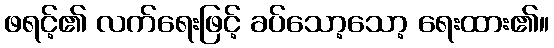
ဖရင့်၏ လက်ရေးဖြင့် ခပ်သော့သော့ ရေးထား၏။